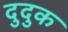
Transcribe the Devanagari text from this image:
दुदुक